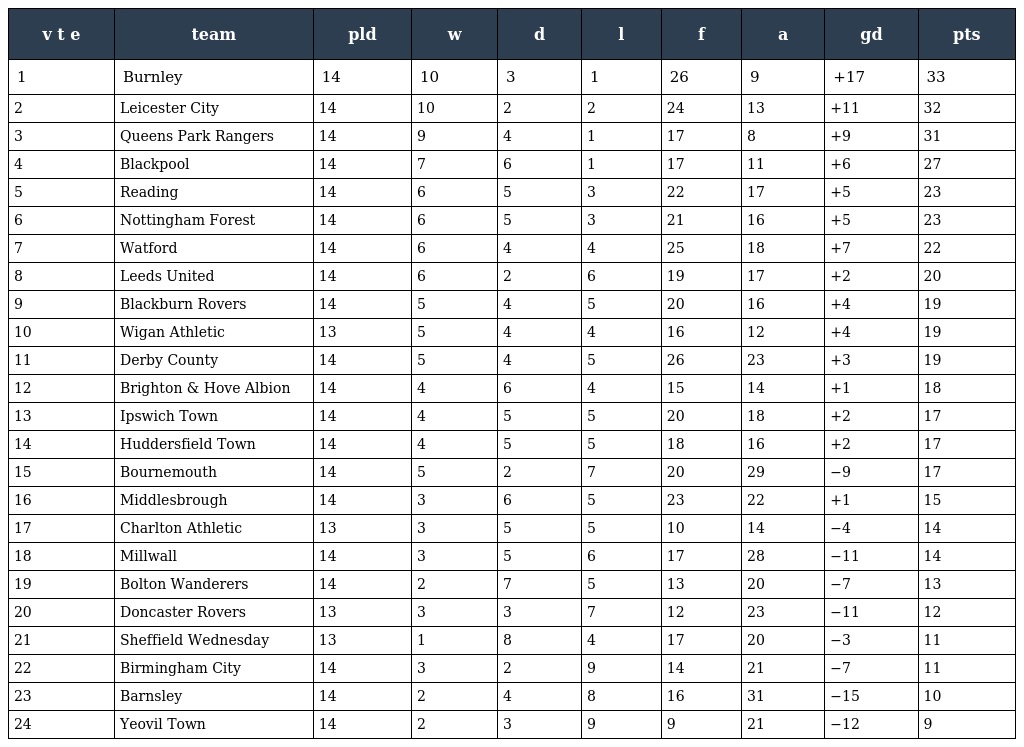
| v t e | team | pld | w | d | l | f | a | gd | pts |
 | --- | --- | --- | --- | --- | --- | --- | --- | --- | --- |
 | 1 | Burnley | 14 | 10 | 3 | 1 | 26 | 9 | +17 | 33 |
 | 2 | Leicester City | 14 | 10 | 2 | 2 | 24 | 13 | +11 | 32 |
 | 3 | Queens Park Rangers | 14 | 9 | 4 | 1 | 17 | 8 | +9 | 31 |
 | 4 | Blackpool | 14 | 7 | 6 | 1 | 17 | 11 | +6 | 27 |
 | 5 | Reading | 14 | 6 | 5 | 3 | 22 | 17 | +5 | 23 |
 | 6 | Nottingham Forest | 14 | 6 | 5 | 3 | 21 | 16 | +5 | 23 |
 | 7 | Watford | 14 | 6 | 4 | 4 | 25 | 18 | +7 | 22 |
 | 8 | Leeds United | 14 | 6 | 2 | 6 | 19 | 17 | +2 | 20 |
 | 9 | Blackburn Rovers | 14 | 5 | 4 | 5 | 20 | 16 | +4 | 19 |
 | 10 | Wigan Athletic | 13 | 5 | 4 | 4 | 16 | 12 | +4 | 19 |
 | 11 | Derby County | 14 | 5 | 4 | 5 | 26 | 23 | +3 | 19 |
 | 12 | Brighton & Hove Albion | 14 | 4 | 6 | 4 | 15 | 14 | +1 | 18 |
 | 13 | Ipswich Town | 14 | 4 | 5 | 5 | 20 | 18 | +2 | 17 |
 | 14 | Huddersfield Town | 14 | 4 | 5 | 5 | 18 | 16 | +2 | 17 |
 | 15 | Bournemouth | 14 | 5 | 2 | 7 | 20 | 29 | −9 | 17 |
 | 16 | Middlesbrough | 14 | 3 | 6 | 5 | 23 | 22 | +1 | 15 |
 | 17 | Charlton Athletic | 13 | 3 | 5 | 5 | 10 | 14 | −4 | 14 |
 | 18 | Millwall | 14 | 3 | 5 | 6 | 17 | 28 | −11 | 14 |
 | 19 | Bolton Wanderers | 14 | 2 | 7 | 5 | 13 | 20 | −7 | 13 |
 | 20 | Doncaster Rovers | 13 | 3 | 3 | 7 | 12 | 23 | −11 | 12 |
 | 21 | Sheffield Wednesday | 13 | 1 | 8 | 4 | 17 | 20 | −3 | 11 |
 | 22 | Birmingham City | 14 | 3 | 2 | 9 | 14 | 21 | −7 | 11 |
 | 23 | Barnsley | 14 | 2 | 4 | 8 | 16 | 31 | −15 | 10 |
 | 24 | Yeovil Town | 14 | 2 | 3 | 9 | 9 | 21 | −12 | 9 |